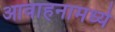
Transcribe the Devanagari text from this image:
आवाहनामध्ये